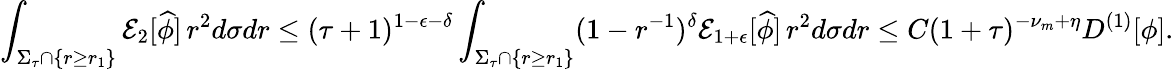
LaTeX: \int_{\Sigma_{\tau}\cap\{ r\geq r_{1}\} }\mathcal{E}_{2}[\widehat{\phi}]\, r^{2}d\sigma dr\leq(\tau+1)^{1-\epsilon-\delta}\int_{\Sigma_{\tau}\cap\{ r\geq r_{1}\} }(1-r^{-1})^{\delta}\mathcal{E}_{1+\epsilon}[\widehat{\phi}]\, r^{2}d\sigma dr\leq C(1+\tau)^{-\nu_{m}+\eta}D^{(1)}[\phi].